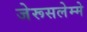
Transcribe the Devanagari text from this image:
जेरूसलेम्मे